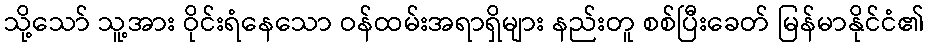
သို့သော် သူ့အား ဝိုင်းရံနေသော ဝန်ထမ်းအရာရှိများ နည်းတူ စစ်ပြီးခေတ် မြန်မာနိုင်ငံ၏